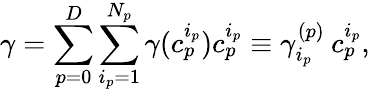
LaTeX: \gamma=\sum_{p=0}^{D}\sum_{i_{p}=1}^{N_{p}}\gamma(c_{p}^{i_{p}})c_{p}^{i_{p}}\equiv\gamma_{i_{p}}^{(p)}\: c_{p}^{i_{p}},